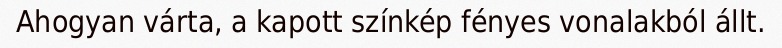
Ahogyan várta, a kapott színkép fényes vonalakból állt.